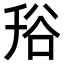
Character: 谸